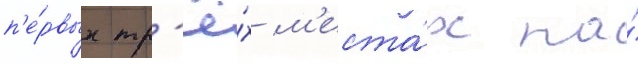
п'е́рвых тр'ё́х м'еста́х на́